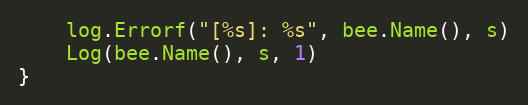
Language: Go
	log.Errorf("[%s]: %s", bee.Name(), s)
	Log(bee.Name(), s, 1)
}